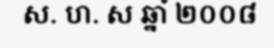
ស. ហ. ស ឆ្នាំ ២០០៨